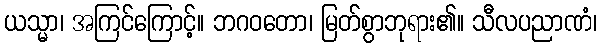
ယသ္မာ၊ အကြင်ကြောင့်။ ဘဂဝတော၊ မြတ်စွာဘုရား၏။ သီလပညာဏံ၊